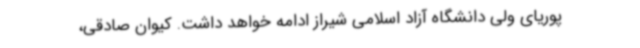
پوریای ولی دانشگاه آزاد اسلامی شیراز ادامه خواهد داشت. کیوان صادقی،